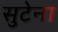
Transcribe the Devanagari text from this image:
सुटेना